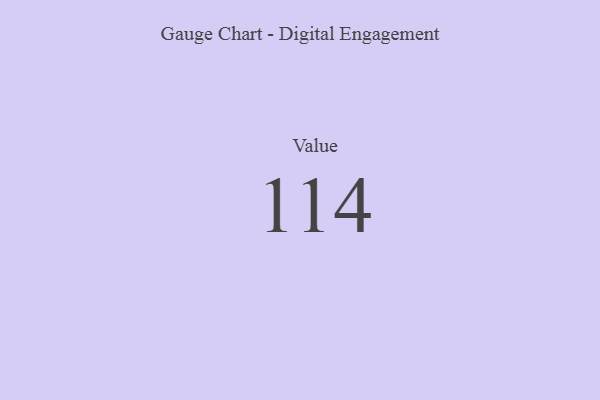
{"axis": {"x": "Metric", "y": "Value"}, "legend": [""], "data": [{"x": "Value", "y": 114, "type": ""}]}